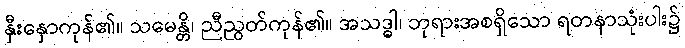
နှီးနှောကုန်၏။ သမေန္တိ၊ ညီညွတ်ကုန်၏။ အသဒ္ဓါ၊ ဘုရားအစရှိသော ရတနာသုံးပါး၌